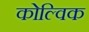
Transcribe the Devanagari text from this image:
कोल्विक